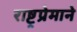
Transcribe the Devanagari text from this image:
राष्ट्रप्रेमाने